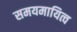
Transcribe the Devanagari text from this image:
समयमायित्व